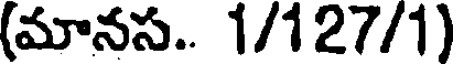
(మానస.. 1/127/1)